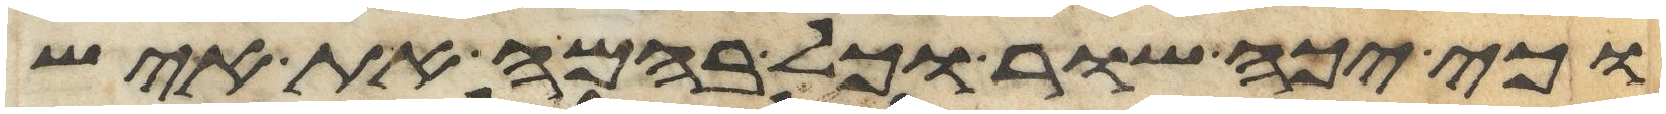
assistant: וכי יכה שור וכל בהמה את איש